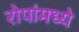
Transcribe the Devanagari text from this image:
रोपांमध्ये